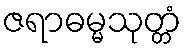
ဇရာဓမ္မသုတ္တံ